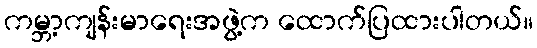
ကမ္ဘာ့ကျန်းမာရေးအဖွဲ့က ထောက်ပြထားပါတယ်။